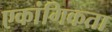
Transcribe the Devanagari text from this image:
एकांगिकता